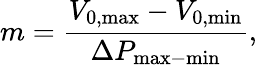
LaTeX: m=\frac{V_{\mathrm{0,max}}-V_{\mathrm{0,min}}}{\Delta P_{\mathrm{max-min}}},